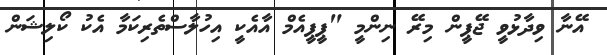
އޭނާ ވިދާޅުވީ ޖޭޕީން މިރޭ ނިންމީ "ޕީޕީއެމް އާއެކީ އިހުލާސްތެރިކަމާ އެކު ކޯލިޝަން